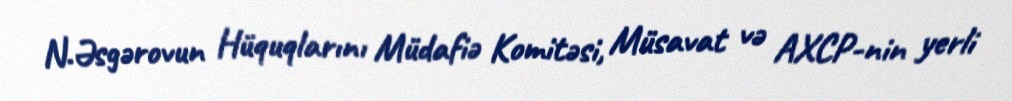
N.Əsgərovun Hüquqlarını Müdafiə Komitəsi, Müsavat və AXCP-nin yerli